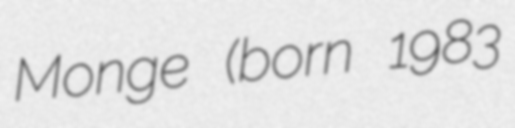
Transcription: Monge (born 1983